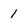
Character: 1